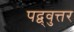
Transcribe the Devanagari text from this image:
पद्व्वुत्तर